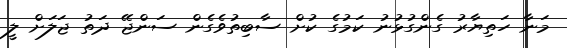
މަނާ ހަތިޔާރު ގެންގުޅުނު ކަމުގެ ކުށް ސާބިތުވެގެން ސަންޖޭ ދަތު ޖަލަށް ލީ